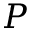
P